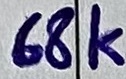
Text: 68K